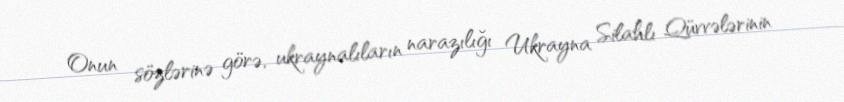
Onun sözlərinə görə, ukraynalıların narazılığı Ukrayna Silahlı Qüvvələrinin